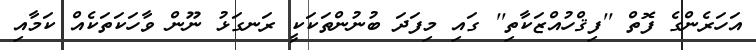
އަހަރެންގެ ފޮތް ''ފިޤްހުއްޒަކާތި'' ގައި މިފަދަ ބުނުންތަކަކީ ރަނގަޅު ނޫން ވާހަކަތަކެއް ކަމާއި